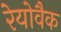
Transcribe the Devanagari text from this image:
रेयोवैक